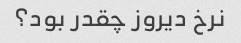
نرخ دیروز چقدر بود؟